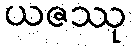
ယဇဿု